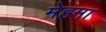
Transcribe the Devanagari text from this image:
मेहमा